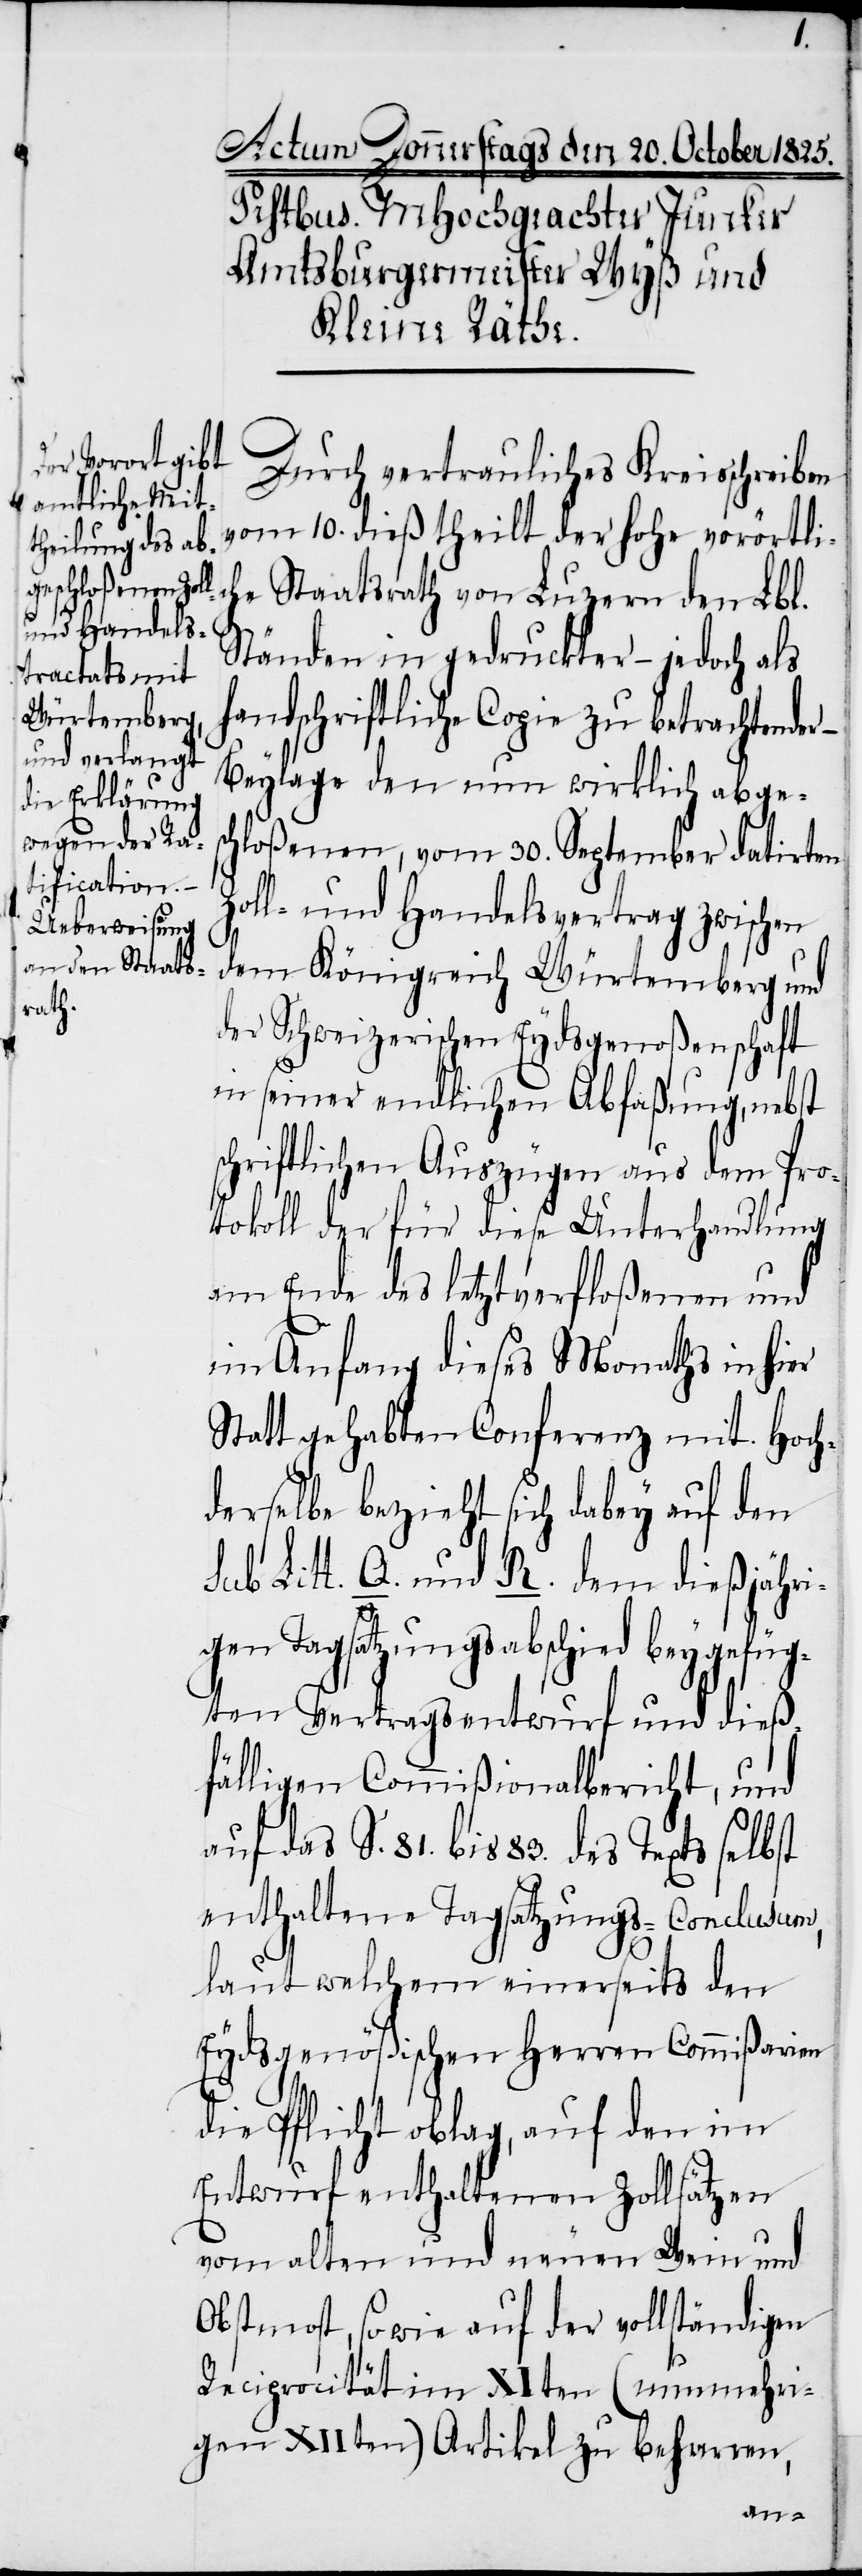
Durch vertrauliches Kreisschreiben
vom 10. dieß theilt der hohe vorörtli¬
che Staatsrath von Luzern den Lbl.
Ständen in gedruckter – jedoch als
handschriftliche Copie zu betrachtender
Beylage den nun wirklich abges¬
chloßenen, vom 30. September datirten
Zoll- und Handelsvertrag zwischen
dem Königreich Würtemberg und
der Schweizerischen Eydsgenoßenschaft
in seiner endlichen Abfaßung, nebst
schriftlichen Auszügen aus dem Pro¬
tokoll der für diese Unterhandlung
am Ende des letzt verfloßenen und
in Anfang dieses Monaths in hier
Statt gehabten Conferenz mit. Hoch¬
derselbe bezieht sich dabey auf den
sub Litt. Q. und R. dem dießjähri¬
gen Tagsatzungsabschied beygefüg¬
ten Vertragsentwurf und dieß¬
fälligen Commißionalbericht, und
auf das S. 81. bis 83. des Texts selbst
enthaltene Tagsatzungs-Conclusum,
laut welchem einerseits den
Eydsgenößischen Herren Commißarien
die Pflicht oblag, auf den im
Entwurf enthaltenen Zollsätzen
vom alten und neuen Wein und
Obstmost, so wie auf der vollständigen
Reciprocität im XIten (nunmehri¬
gen XIIten) Artikel zu beharren,